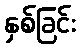
နှစ်ခြင်း